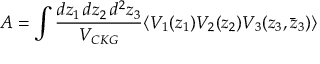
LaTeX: A = \int \frac { d z _ { 1 } \, d z _ { 2 } \, d ^ { 2 } z _ { 3 } } { V _ { C K G } } \langle V _ { 1 } ( z _ { 1 } ) V _ { 2 } ( z _ { 2 } ) V _ { 3 } ( z _ { 3 } , \bar { z } _ { 3 } ) \rangle